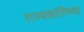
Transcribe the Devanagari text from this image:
राज्यक्रांतिच्या